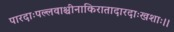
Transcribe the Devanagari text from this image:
पारदाःपल्लवाश्चीनाकिरातादारदाःखशाः।।